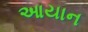
આયાન